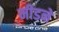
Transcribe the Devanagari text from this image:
मीडने